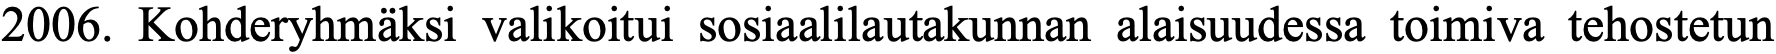
2006. Kohderyhmäksi valikoitui sosiaalilautakunnan alaisuudessa toimiva tehostetun